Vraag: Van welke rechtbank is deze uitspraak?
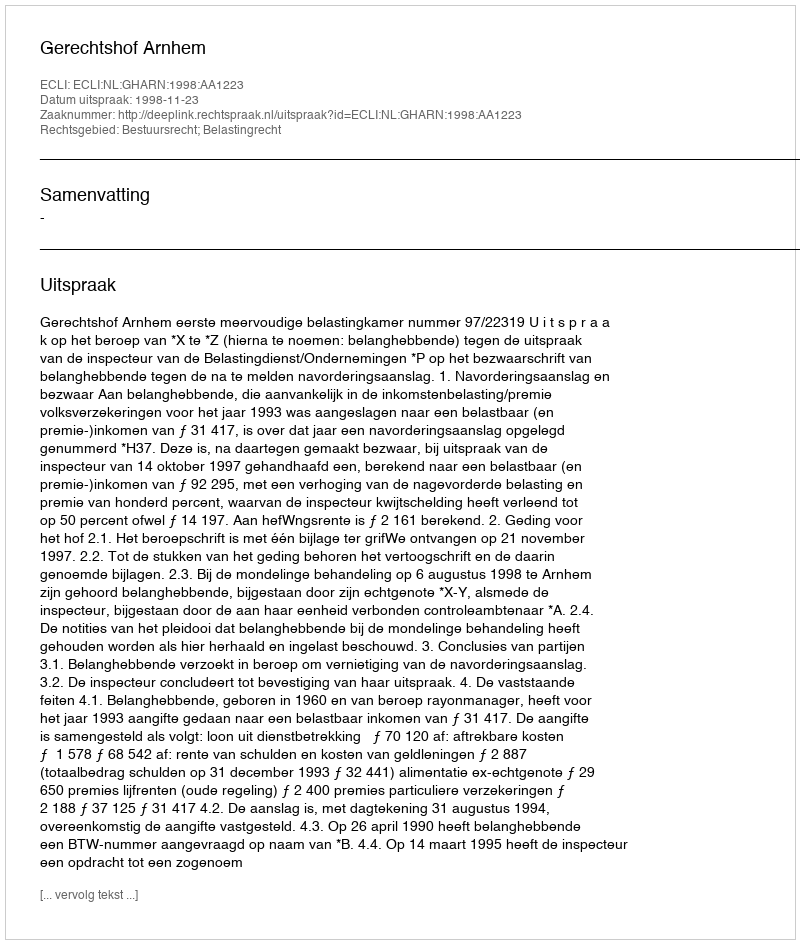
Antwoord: Gerechtshof Arnhem